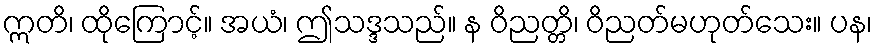
ဣတိ၊ ထိုကြောင့်။ အယံ၊ ဤသဒ္ဒသည်။ န ဝိညတ္တိ၊ ဝိညတ်မဟုတ်သေး။ ပန၊